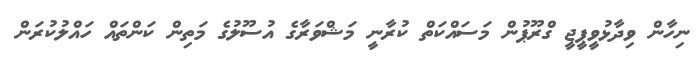
ނިހާން ވިދާޅުވީޕީޖީ ގްރޫޕުން މަސައްކަތް ކުރާނީ މަޝްވަރާގެ އުސޫލުގެ މަތިން ކަންތައް ހައްލުކުރަން